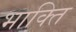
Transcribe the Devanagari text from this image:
भाक्ति